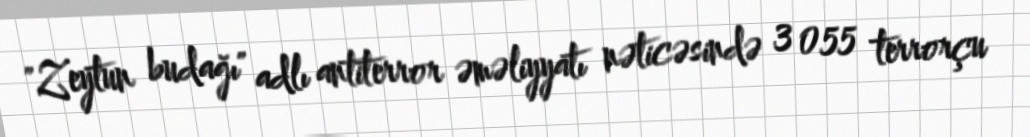
"Zeytun budağı" adlı antiterror əməliyyatı nəticəsində 3 055 terrorçu